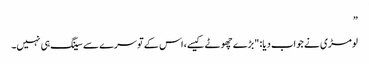
”
لومڑی نے جواب دیا: "بڑے چھوٹے کیسے، اس کے تو سرے سے سینگ ہی نہیں۔